Report of the Hyderabad Chloroform Commission
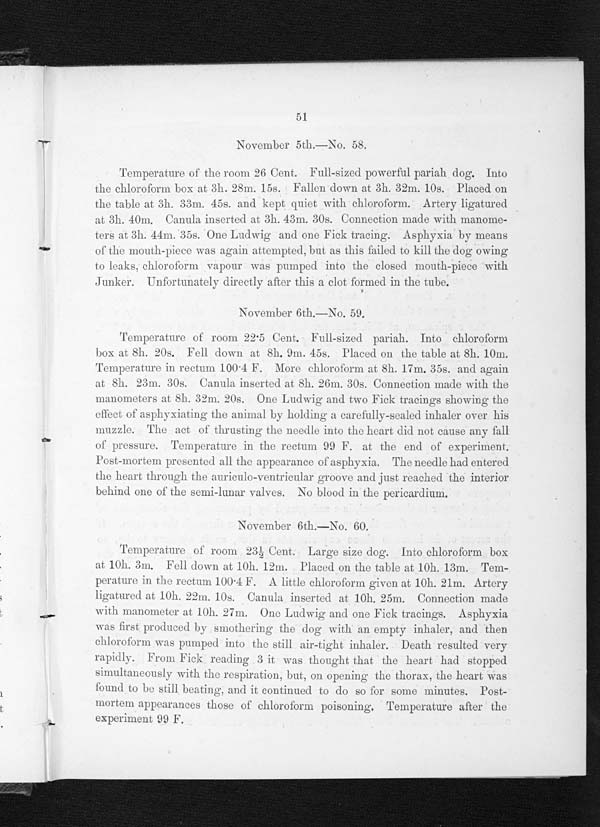
51
November 5th.—No. 58.
Temperature of the room 26 Cent. Full-sized powerful pariah dog. Into
the chloroform box at 3h. 28m. 15s. Fallen down at 3h. 32m. 10s. Placed on
the table at 3h. 33m. 45s. and kept quiet with chloroform. Artery ligatured
at 3h. 40m. Canula inserted at 3h. 43m. 30s. Connection made with manome-
ters at 3h. 44m. 35s. One Ludwig and one Fick tracing. Asphyxia by means
of the mouth-piece was again attempted, but as this failed to kill the dog owing
to leaks, chloroform vapour was pumped into the closed mouth-piece with
Junker. Unfortunately directly after this a clot formed in the tube.
November 6th.—No. 59.
Temperature of room 22.5 Cent. Full-sized pariah. Into chloroform
box at 8h. 20s. Fell down at 8h. 9m. 45s. Placed on the table at 8h. 10m.
Temperature in rectum 100.4 F. More chloroform at 8h. 17m. 35s. and again
at 8h. 23m. 30s. Canula inserted at 8h. 26m. 30s. Connection made with
t h e m a n o m e t e r s a t 8 h . 3 2 m . 2 0 s . O n e L u d w i g a n d t w o F i c k t r a c i n g s s h o w i n g t h e
effect of asphyxiating the animal by holding a carefully-sealed inhaler over his
muzzle. The act of thrusting the needle into the heart did not cause an
y f a l l
o f
p r e s s u r e . T e m p e r a t u r e i n t h e r e c t u m 9 9 F . a t t h e e n d o r e x p e r i m e n t .
Post-mortem presented all the appearance of asphyxia. The needle had entered
the heart through the auriculo-ventricular groove and just reached the interior
behind one of the semi-lunar valves, No blood in the pericardium.
November 6th.—No. 60.
Temperature of room 23½ Cent. Large size dog. Into chloroform box
at 10h. 3m. Fell down at 10h. 12m. Placed on the table at 10h. 13m. Tem-
perature in the rectum 100.4 F. A little chloroform given at 10h. 21m. Artery
ligatured at 10h. 22m. 10s. Canula inserted at 10h. 25m. Connection made
with manometer at 10h. 27m. One Ludwig and one Fick tracings. Asphyxi
a
was f i r s t p r o d u c e d b y s m o t h e r i n g t h e d o g w i t h a n e m p t y i n h a l e r , a n d t h e n
chloroform was pumped into the still air-tight inhaler. Death resulted very
rapidly. From Fick reading 3 it was thought that the heart had stopped
simultaneously with the respiration, but, on opening the thorax, the heart was
found to be still beating and it continued to do so for some minutes. Post-
mortem appearances those of chloroform poisoning. Temperature after the
experiment 99 F.